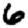
Digit: 6